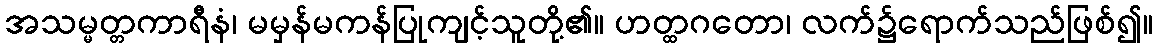
အသမ္မတ္တကာရီနံ၊ မမှန်မကန်ပြုကျင့်သူတို့၏။ ဟတ္ထဂတော၊ လက်၌ရောက်သည်ဖြစ်၍။